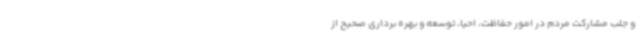
و جلب مشارکت مردم در امور حفاظت، احیا، توسعه و بهره برداری صحیح از